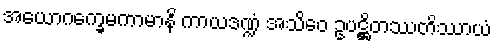
အယောဂက္ခေမကာမာနိ ကာယဒဏ္ဍံ အသိဝေ ဥပဋ္ဌိတဿတိဿာယံ